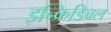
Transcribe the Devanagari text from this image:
इन्क्रिडिबल